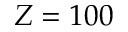
Z = 1 0 0